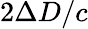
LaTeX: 2\Delta D/c